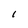
Character: I